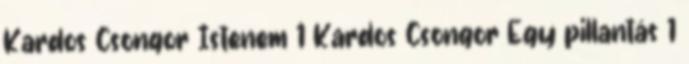
Kardos Csongor Istenem 1 Kardos Csongor Egy pillantás 1